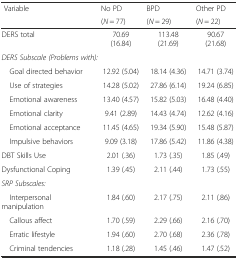
| <ROWSPAN=2> Variable | No PD | BPD | Other PD |
 | (N = 77) | (N = 29) | (N = 22) |
 | --- | --- | --- | --- |
 | DERS total | 70.69 (16.84) | 113.48 (21.69) | 90.67 (21.68) |
 | <COLSPAN=2> DERS Subscale (Problems with): |  |  |
 | Goal directed behavior | 12.92 (5.04) | 18.14 (4.36) | 14.71 (3.74) |
 | Use of strategies | 14.28 (5.02) | 27.86 (6.14) | 19.24 (6.85) |
 | Emotional awareness | 13.40 (4.57) | 15.82 (5.03) | 16.48 (4.40) |
 | Emotional clarity | 9.41 (2.89) | 14.43 (4.74) | 12.62 (4.16) |
 | Emotional acceptance | 11.45 (4.65) | 19.34 (5.90) | 15.48 (5.87) |
 | Impulsive behaviors | 9.09 (3.18) | 17.86 (5.42) | 11.86 (4.38) |
 | DBT Skills Use | 2.01 (.36) | 1.73 (.35) | 1.85 (.49) |
 | Dysfunctional Coping | 1.39 (.45) | 2.11 (.44) | 1.73 (.55) |
 | SRP Subscales: |  |  |  |
 | Interpersonal manipulation | 1.84 (.60) | 2.17 (.75) | 2.11 (.86) |
 | Callous affect | 1.70 (.59) | 2.29 (.66) | 2.16 (.70) |
 | Erratic lifestyle | 1.94 (.60) | 2.70 (.68) | 2.36 (.78) |
 | Criminal tendencies | 1.18 (.28) | 1.45 (.46) | 1.47 (.52) |